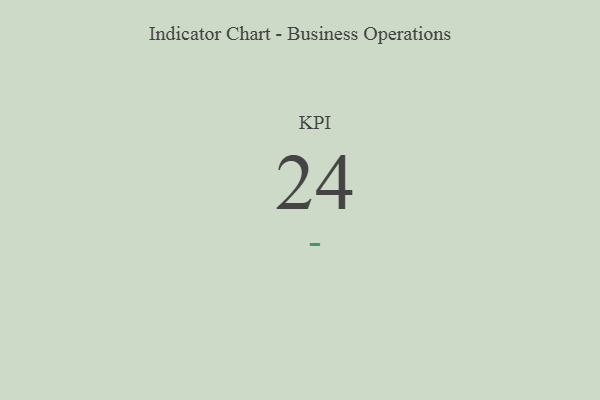
{"axis": {"x": "KPI", "y": "Value"}, "legend": [""], "data": [{"x": "KPI", "y": 24, "type": ""}]}